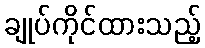
ချုပ်ကိုင်ထားသည့်